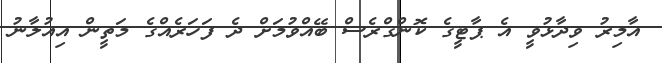
އާމިރު ވިދާޅުވީ އެ ޕާޓީގެ ކޮންގްރެސް ބޭއްވުމަށް ދެ ފަހަރެއްގެ މަތީން އިއުލާނު